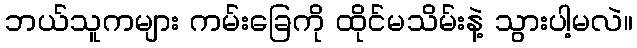
ဘယ်သူကများ ကမ်းခြေကို ထိုင်မသိမ်းနဲ့ သွားပါ့မလဲ။